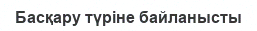
Басқару түріне байланысты